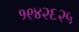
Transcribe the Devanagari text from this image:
१९४२६२५